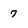
Character: 7